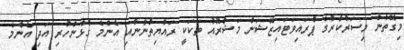
މިގޮތުން މިސަރުކާރުގެ ޕްރައިވަޓައިޒޭޝަން މަޝްރޫއު ތަކަކީ ރައްޔިތުންނާއި އެންމެ ގުޅުންހުރި އަދި އެންމެ